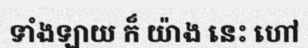
ទាំងឡាយ ក៏ យ៉ាង នេះ ហៅ